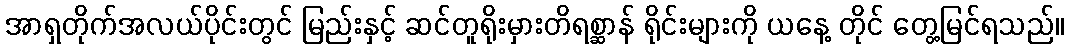
အာရှတိုက်အလယ်ပိုင်းတွင် မြည်းနှင့် ဆင်တူရိုးမှားတိရစ္ဆာန် ရိုင်းများကို ယနေ့ တိုင် တွေ့မြင်ရသည်။